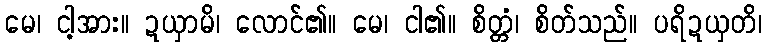
မေ၊ ငါ့အား။ ဍယှာမိ၊ လောင်၏။ မေ၊ ငါ၏။ စိတ္တံ၊ စိတ်သည်။ ပရိဍယှတိ၊